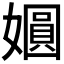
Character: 𫱾